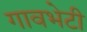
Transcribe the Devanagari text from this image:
गावभेटी